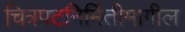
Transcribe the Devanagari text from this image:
चित्रपटनिर्मितीमागील